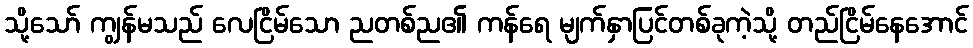
သို့သော် ကျွန်မသည် လေငြိမ်သော ညတစ်ည၏ ကန်ရေ မျက်နှာပြင်တစ်ခုကဲ့သို့ တည်ငြိမ်နေအောင်